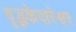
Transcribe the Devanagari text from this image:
वृद्धकेदारेश्वर